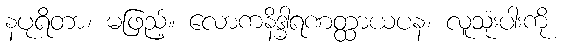
နပုရိတာ၊ မဖြည့်။ လောကနိဒ္ဓါရဏတ္ထာယပန၊ လူသုံးပါးကို